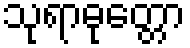
သုရာဓုတ္တော